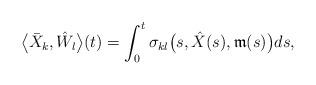
LaTeX: \begin{align*}\bigl\langle \bar{X}_{k}, \hat{W}_{l} \bigr\rangle(t) = \int_{0}^{t} \sigma_{kl}\bigl(s,\hat{X}(s),\mathfrak{m}(s)\bigr)ds,\end{align*}